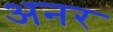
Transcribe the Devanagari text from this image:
अनर